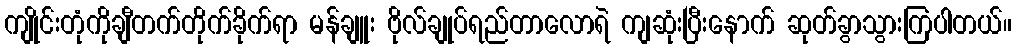
ကျိုင်းတုံကိုချီတက်တိုက်ခိုက်ရာ မန်ချူး ဗိုလ်ချုပ်ရည်တာလောရဲ ကျဆုံးပြီးနောက် ဆုတ်ခွာသွားကြပါတယ်။